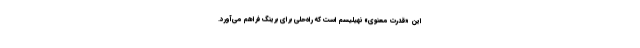
این «قدرت معنویِ» نهیلیسم است که راه‌حلی برای برینگ فراهم می‌آورد.